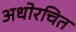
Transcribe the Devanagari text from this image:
अधोरचित